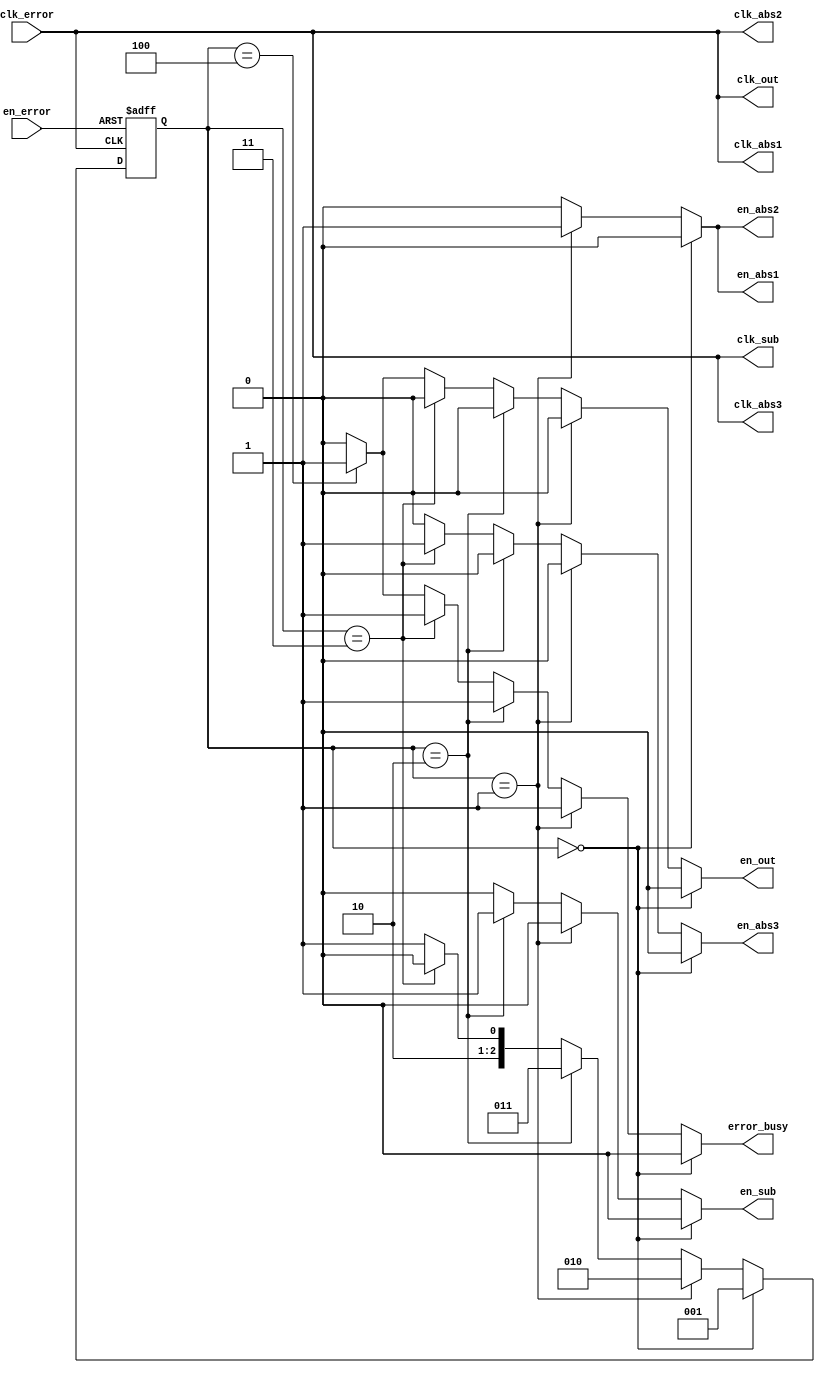
module ERROR_CONTROLLER (
    input clk_error,
    input en_error,
    
    output reg error_busy,
    output clk_abs1, clk_abs2, clk_sub, clk_abs3, clk_out,
    output reg en_abs1, en_abs2, en_sub, en_abs3, en_out
);

assign clk_abs1 = clk_error;
assign clk_abs2 = clk_error;
assign clk_sub = clk_error;
assign clk_abs3 = clk_error;
assign clk_out = clk_error;

reg [2:0] state, next_state;

always @(posedge clk_error or negedge en_error)
    if(!en_error) state <= 0;
    else state <= next_state;
    
always @(*)
begin
    if (state == 3'd0) begin
        en_abs1 = 0;
        en_abs2 = 0;
        en_sub  = 0;
        en_abs3 = 0;
        en_out  = 0;
        error_busy = 0;
        next_state = 3'd1;
    end else if (state == 3'd1) begin
        en_abs1 = 1;
        en_abs2 = 1;
        en_sub  = 0;
        en_abs3 = 0;
        en_out  = 0;
        error_busy = 1;
        next_state = 3'd2;
    end else if (state == 3'd2) begin
        en_abs1 = 0;
        en_abs2 = 0;
        en_sub  = 1;
        en_abs3 = 0;
        en_out  = 0;
        error_busy = 1;
        next_state = 3'd3;
    end else if (state == 3'd3) begin
        en_abs1 = 0;
        en_abs2 = 0;
        en_sub  = 0;
        en_abs3 = 1;
        en_out  = 0;
        error_busy = 1;
        next_state = 3'd4;        
    end else if (state == 3'd4) begin
        en_abs1 = 0;
        en_abs2 = 0;
        en_sub  = 0;
        en_abs3 = 0;
        en_out  = 1;
        error_busy = 1;
        next_state = 3'd5;        
    end else begin
        en_abs1 = 0;
        en_abs2 = 0;
        en_sub  = 0;
        en_abs3 = 0;
        en_out  = 0;
        error_busy = 0;
        next_state = 3'd5;      
    end             
end    
endmodule